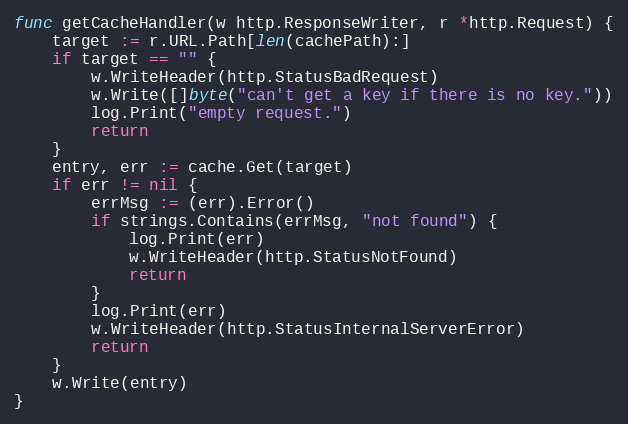
Language: Go
func getCacheHandler(w http.ResponseWriter, r *http.Request) {
	target := r.URL.Path[len(cachePath):]
	if target == "" {
		w.WriteHeader(http.StatusBadRequest)
		w.Write([]byte("can't get a key if there is no key."))
		log.Print("empty request.")
		return
	}
	entry, err := cache.Get(target)
	if err != nil {
		errMsg := (err).Error()
		if strings.Contains(errMsg, "not found") {
			log.Print(err)
			w.WriteHeader(http.StatusNotFound)
			return
		}
		log.Print(err)
		w.WriteHeader(http.StatusInternalServerError)
		return
	}
	w.Write(entry)
}